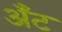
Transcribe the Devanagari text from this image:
अँट